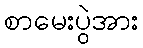
စာမေးပွဲအား